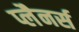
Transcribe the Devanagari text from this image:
प्लैनर्स